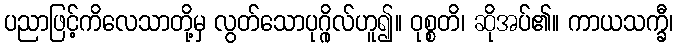
ပညာဖြင့်ကိလေသာတို့မှ လွတ်သောပုဂ္ဂိုလ်ဟူ၍။ ဝုစ္စတိ၊ ဆိုအပ်၏။ ကာယသက္ခီ၊